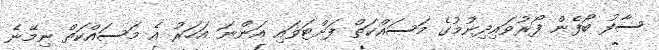
ސާފު ބޯފެން ފޯރުވައިދިނުމުގެ މަސައްކަތް ފަށްޓަވައި އަންނަ އަހަރު އެ މަސައްކަތް ނިމޭނެ